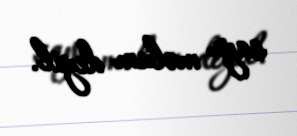
sayı məlum deyil.